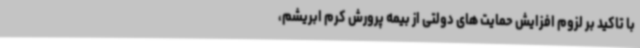
با تاکید بر لزوم افزایش حمایت های دولتی از بیمه پرورش کرم ابریشم،